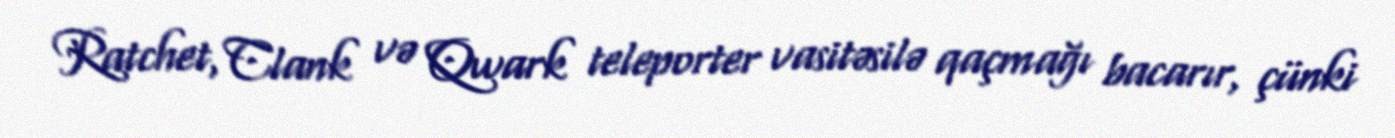
Ratchet, Clank və Qwark teleporter vasitəsilə qaçmağı bacarır, çünki